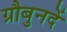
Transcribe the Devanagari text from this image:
ग्रौबुनदें